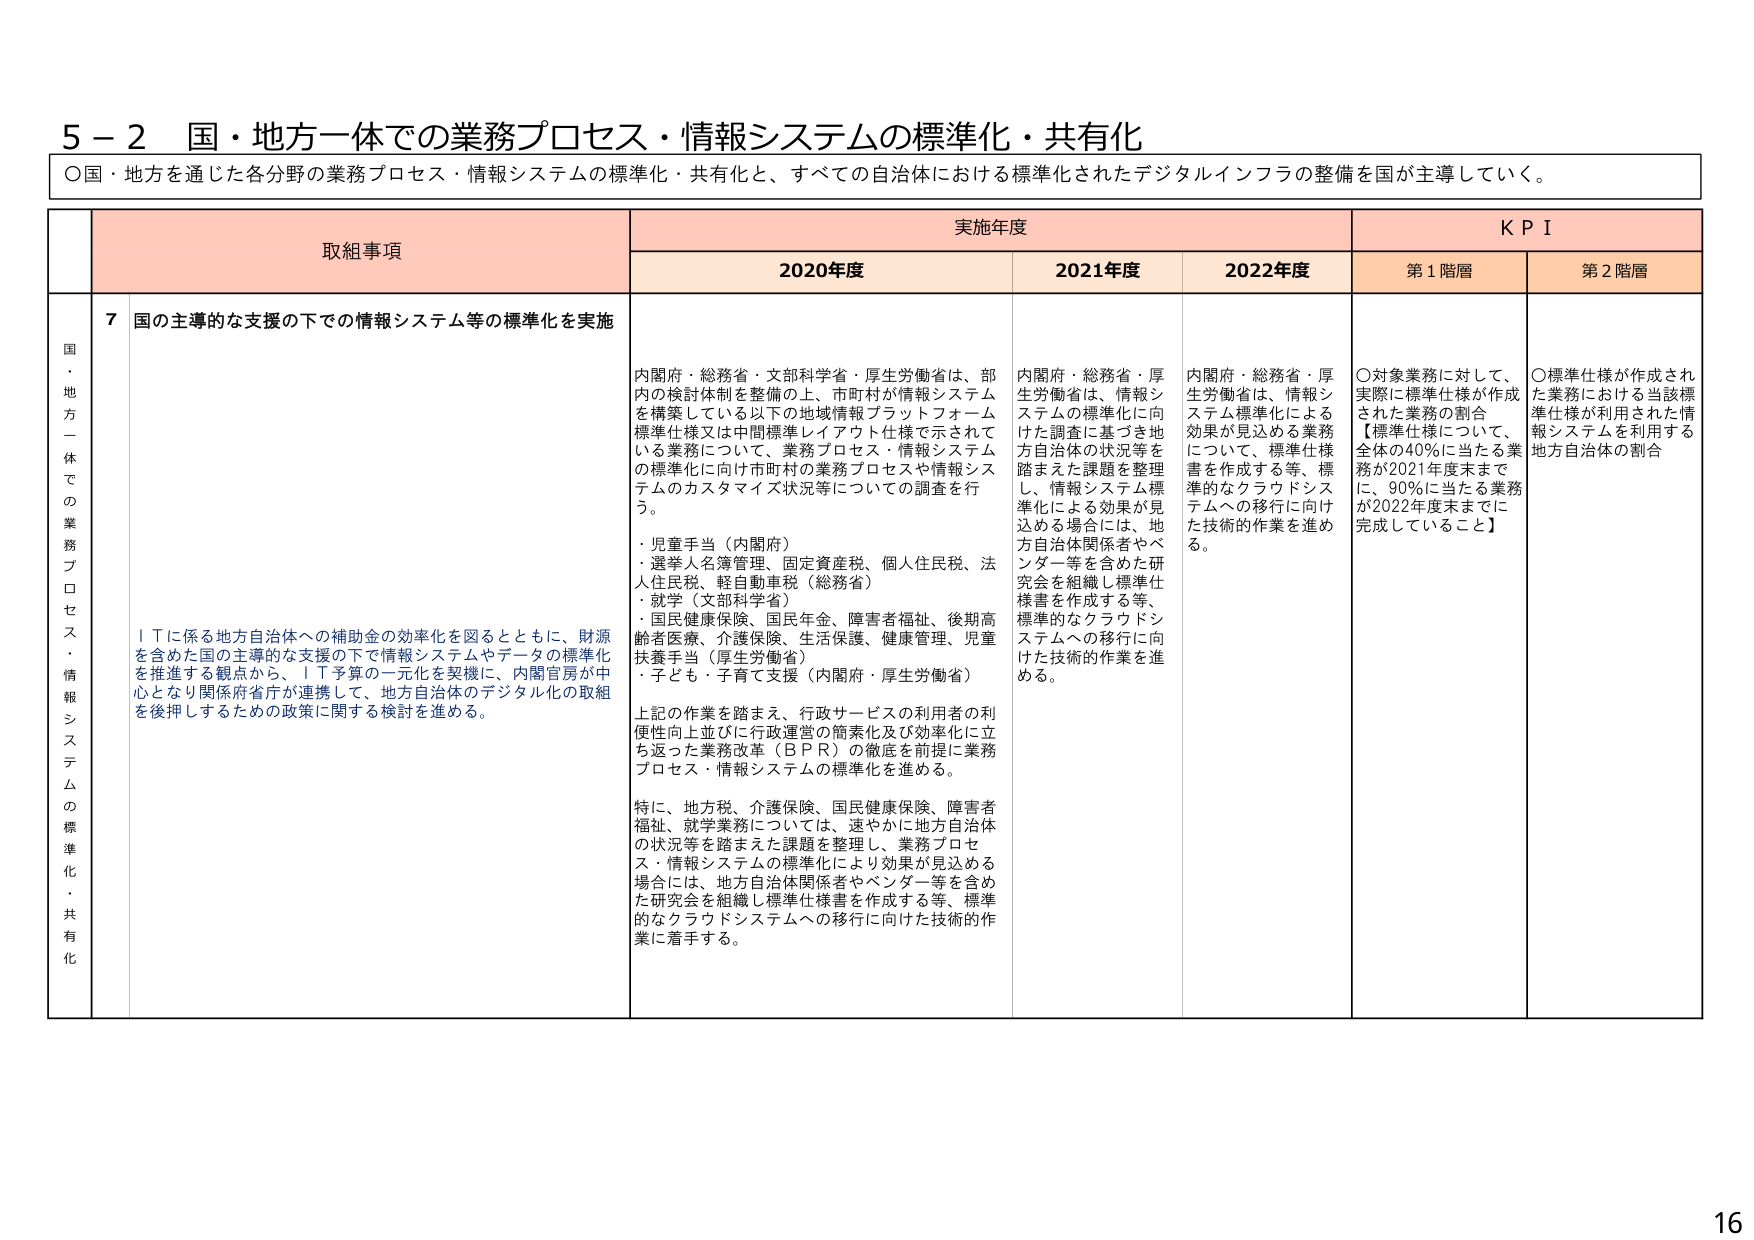
5－2 国・地方一体での業務プロセス・情報システムの標準化・共有化

〇国・地方を通じた各分野の業務プロセス・情報システムの標準化・共有化と、すべての自治体における標準化されたデジタルインフラの整備を国が主導していく。

取組事項 実施年度 KPI
2020年度 2021年度 2022年度 第1階層 第2階層

国・地方一体での業務プロセス・情報システムの標準化・共有化

7 国の主導的な支援の下での情報システム等の標準化を実施

内閣府・総務省・文部科学省・厚生労働省は、部内の検討体制を整備の上、市町村が情報システムを構築している以下の地域情報プラットフォーム標準仕様又は中間標準レイアウト仕様で示されている業務について、業務プロセス・情報システムの標準化に向け市町村の業務プロセスや情報システムのカスタマイズ状況等についての調査を行う。

・児童手当（内閣府）
・選挙人名簿管理、固定資産税、個人住民税、法人住民税、軽自動車税（総務省）
・就学（文部科学省）
・国民健康保険、国民年金、障害者福祉、後期高齢者医療、介護保険、生活保護、健康管理、児童扶養手当（厚生労働省）
・子ども・子育て支援（内閣府・厚生労働省）

上記の作業を踏まえ、行政サービスの利用者の利便性向上並びに行政運営の簡素化及び効率化に立ち返った業務改革（BPR）の徹底を前提に業務プロセス・情報システムの標準化を進める。

特に、地方税、介護保険、国民健康保険、障害者福祉、就学業務については、速やかに地方自治体の状況等を踏まえた課題を整理し、業務プロセス・情報システムの標準化により効果が見込める場合には、地方自治体関係者やベンダー等を含めた研究会を組織し標準仕様書を作成する等、標準的なクラウドシステムへの移行に向けた技術的作業に着手する。

ITに係る地方自治体への補助金の効率化を図るとともに、財源を含めた国の主導的な支援の下で情報システムやデータの標準化を推進する観点から、IT予算の一元化を契機に、内閣官房が中心となり関係府省庁が連携して、地方自治体のデジタル化の取組を後押しするための政策に関する検討を進める。

内閣府・総務省・厚生労働省は、情報システムの標準化に向けた調査に基づき地方自治体の状況等を踏まえた課題を整理し、情報システム標準化による効果が見込める場合には、地方自治体関係者やベンダー等を含めた研究会を組織し標準仕様書を作成する等、標準的なクラウドシステムへの移行に向けた技術的作業を進める。

内閣府・総務省・厚生労働省は、情報システム標準化による効果が見込める業務について、標準仕様書を作成する等、標準的なクラウドシステムへの移行に向けた技術的作業を進める。

〇対象業務に対して、実際に標準仕様が作成された業務の割合
【標準仕様について、全体の40％に当たる業務が2021年度末までに、90％に当たる業務が2022年度末までに完成していること】

〇標準仕様が作成された業務における当該標準仕様が利用された情報システムを利用する地方自治体の割合

16